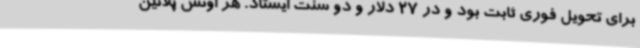
برای تحویل فوری ثابت بود و در 27 دلار و دو سنت ایستاد. هر اونس پلاتین